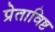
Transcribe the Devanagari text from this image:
प्रेताविष्ट